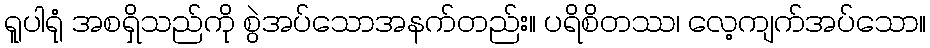
ရူပါရုံ အစရှိသည်ကို စွဲအပ်သောအနက်တည်း။ ပရိစိတဿ၊ လေ့ကျက်အပ်သော။